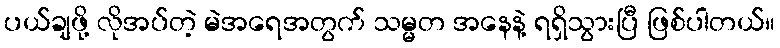
ပယ်ချဖို့ လိုအပ်တဲ့ မဲအရေအတွက် သမ္မတ အနေနဲ့ ရရှိသွားပြီ ဖြစ်ပါတယ်။